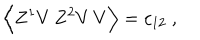
LaTeX: \Big \langle Z ^ { 1 } V \, Z ^ { 2 } V \, V \Big \rangle = c _ { 1 2 } \ ,